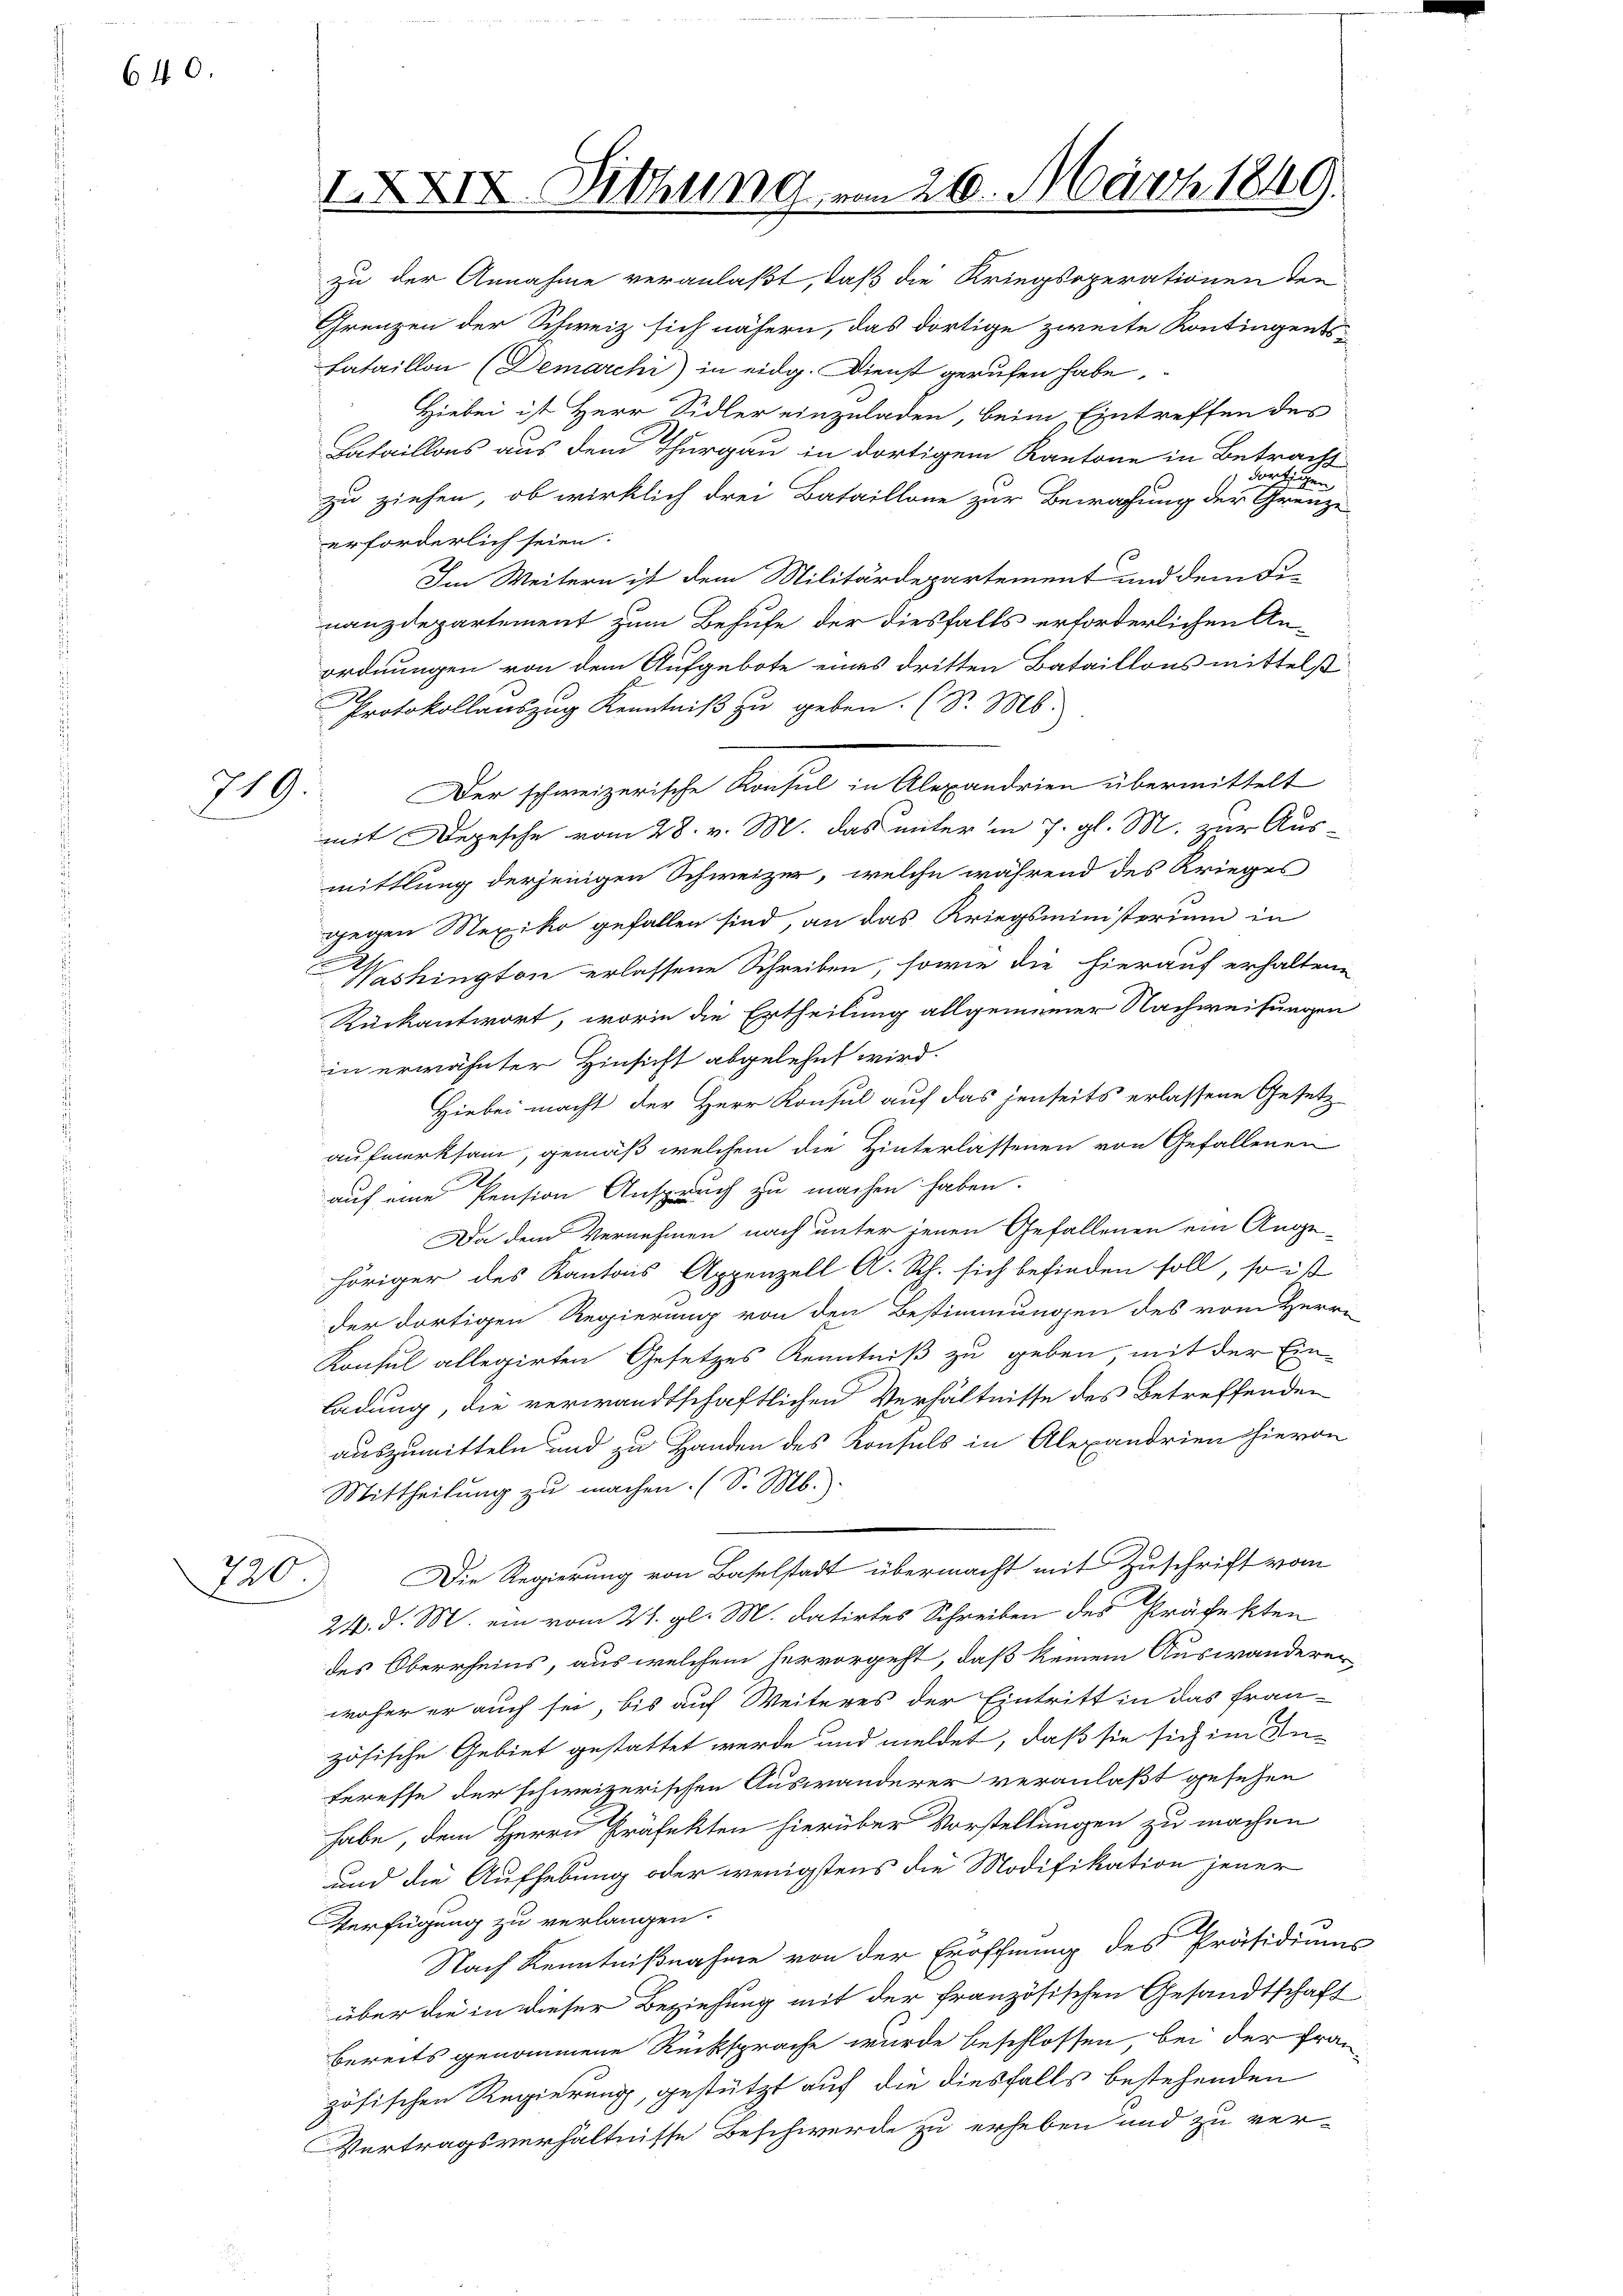
640.

719.

220.

zu der Annahme veranlaßt, daß die Kriegsoperationen den
Grenzen der Schweiz sich nähern, das dortige zweite Kontingents¬
Lataillon (Demarchi) in eidg. Dienst gerufen habe.
Hiebei ist Herr Sidler einzuladen, beim Eintreffen des
Bataillons aus dem Thurgau in dortigem Kantone in Betrach
dortigen
zu ziehen, ob wirklich drei Bataillone zur Bewachung der Grenze
erforderlich seien.
Im Weitern ist dem Militärdepartement und dem Fi-
nanzdepartement zum Behufe der diesfalls erforderlichen An-
ordnungen von dem Aufgebote eines dritten Bataillons mittelst
Protokollauszug Kenntniß zu geben. (S. Ms.
mit Depesche vom 28. v. M. das unter in 7. gl. M. zur Aus-
mittlung derjenigen Schweizer, welche während des Krieges
gegen Mexiko gefallen sind, an das Kriegsministerium in
Washington erlassene Schreiben, sowie die hierauf erhaltene
Rückantwort, worin die Ertheilung allgemeiner Nachweisungen
in erwähnter Hinsicht abgelehnt wird.
Hiebei macht der Herr Konsul auf das jenseits erlassene Gesetz-
aufmerksam, gemäß welchem die Hinterlassenen von Gefallenen
auf eine Pension Anspruch zu machen haben.
Da dem Vernehmen nach unter jenen Gefallenen ein Angehöriger des Kantons Appenzell A. Rh. sich befinden soll, so ist
der dortigen Regierung von den Bestimmungen des vom Herrn
Konsul allegirten Gesetzes Kenntniß zu geben mit der Einladung, die verwandtschaftlichen Verhältnisse des Betreffenden
auszumitteln und zu Handen des Konsuls in Alexandrien hievon
Mittheilung zu machen. (S. M.
Die Regierung von Baselstadt übermacht mit Zuschrift vom
24. d. M. ein vom 21. gl. M. datirtes Schreiben des Präfekten
des Oberrheins, aus welchem hervorgeht, daß keinem Auswanderer
woher er auch sei, bis auf Weiteres der Eintritt in das fran-
zösische Gebiet gestattet werde und meldet, daß sie sich im In-
teresse der schweizerischen Auswanderer veranlaßt gesehen
habe, dem Herrn Präfekten hierüber Vorstellungen zu machen
und die Aufhebung oder wenigstens die Modifikation jener
Verfügung zu verlangen.
Nach Kenntnißnahme von der Eröffnung des Präsidiums
über die in dieser Beziehung mit der französischen Gesandtschaft
bereits genommene Rücksprache wurde beschlossen, bei der fran-
zösischen Regierung, gestützt auf die diesfalls bestehenden
Vertragsverhältnisse Beschwerde zu erheben und zu ver-

IXXIV. Dichung vom 26. März 1849.

Der schweizerische Konsul in Alexandrien übermittelt